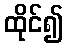
ထိုင်၍